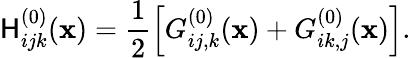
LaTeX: \mathsf{H}_{ijk}^{(0)}({\mathbf{x}})=\frac{{1}}{{2}}\left[G_{ij,k}^{(0)}({\mathbf{x}})+G_{ik,j}^{(0)}({\mathbf{x}})\right].